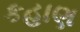
કહાણ